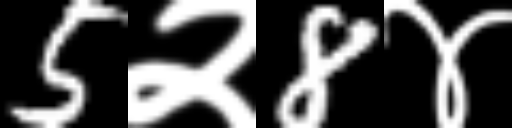
Text: 5२8४